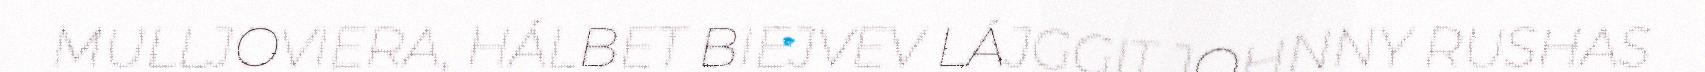
MULLJOVIERA, HÁLBET BIEJVEV LÁJGGIT JOHNNY RUSHAS